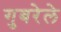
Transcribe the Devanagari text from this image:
गुबरेले